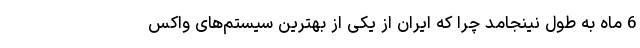
6 ماه به طول نینجامد چرا که ایران از یکی از بهترین سیستم‌های واکس